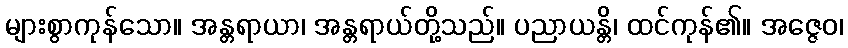
များစွာကုန်သော။ အန္တရာယာ၊ အန္တရာယ်တို့သည်။ ပညာယန္တိ၊ ထင်ကုန်၏။ အဇ္ဇေဝ၊